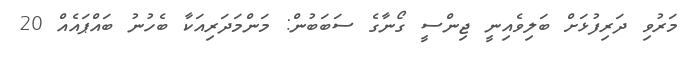
މަރުވި ދަރިފުޅަށް ބަލިވެއިނީ ޖިންސީ ގޯނާގެ ސަބަބުން: މަންމަދަރިއަކާ ބެހުނު ބައްޕައެއް 20